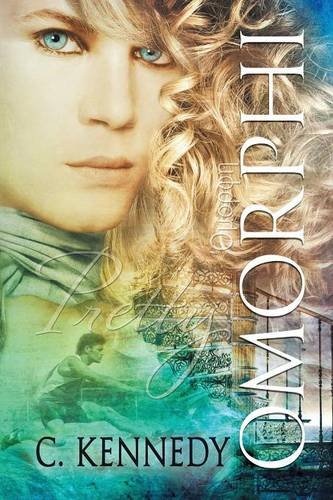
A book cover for Omorphi; C. Kennedy; Teen & Young Adult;